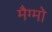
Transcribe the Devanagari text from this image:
मैग्मो